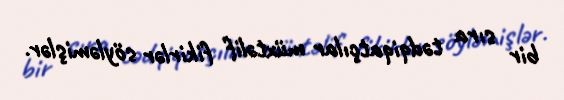
bir sıra tədqiqatçılar müxtəlif fikirlər söyləmişlər.